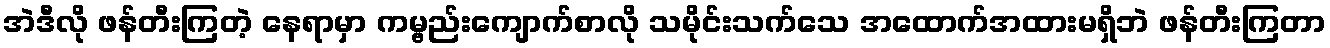
အဲဒီလို ဖန်တီးကြတဲ့ နေရာမှာ ကမ္ဗည်းကျောက်စာလို သမိုင်းသက်သေ အထောက်အထားမရှိဘဲ ဖန်တီးကြတာ